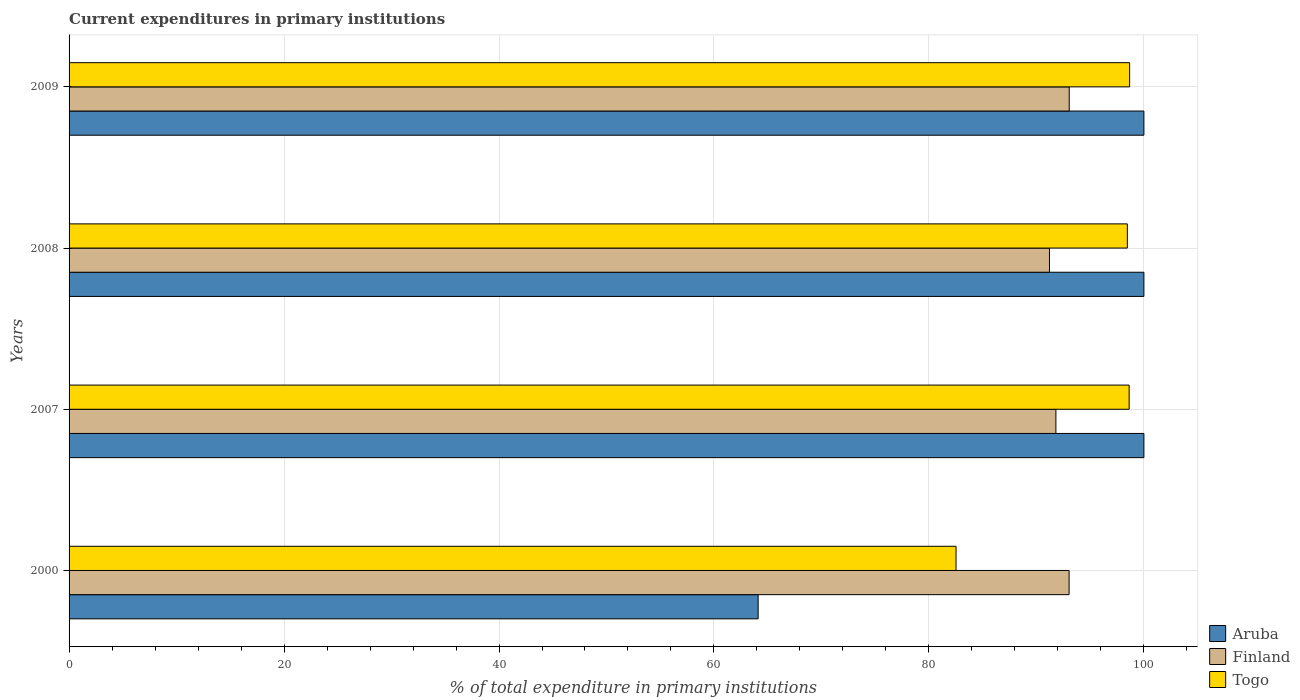
| Years | Aruba | Finland | Togo |
 | --- | --- | --- | --- |
 | 2000 | 64.1 | 93 | 82.5 |
 | 2007 | 100 | 91.8 | 98.6 |
 | 2008 | 100 | 91.2 | 98.5 |
 | 2009 | 100 | 93.1 | 98.7 |